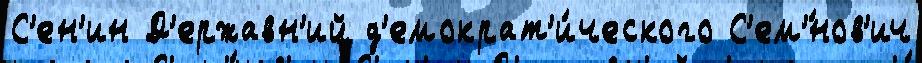
С'ен'ин Д'ержавн'ий д'емократ'и́ческого С'ем'́нов'ич